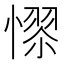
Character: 𢟺